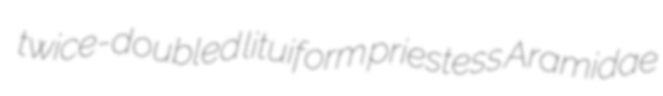
twice-doubled lituiform priestess Aramidae